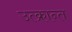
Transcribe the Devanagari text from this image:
उत्क्रान्त